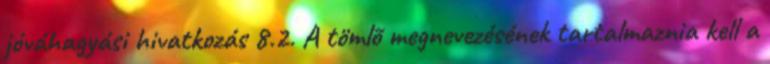
jóváhagyási hivatkozás 8.2. A tömlõ megnevezésének tartalmaznia kell a